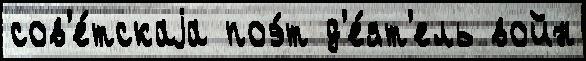
сов'е́тскаjа поэ́т д'е́ят'ель войн